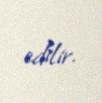
edilir.